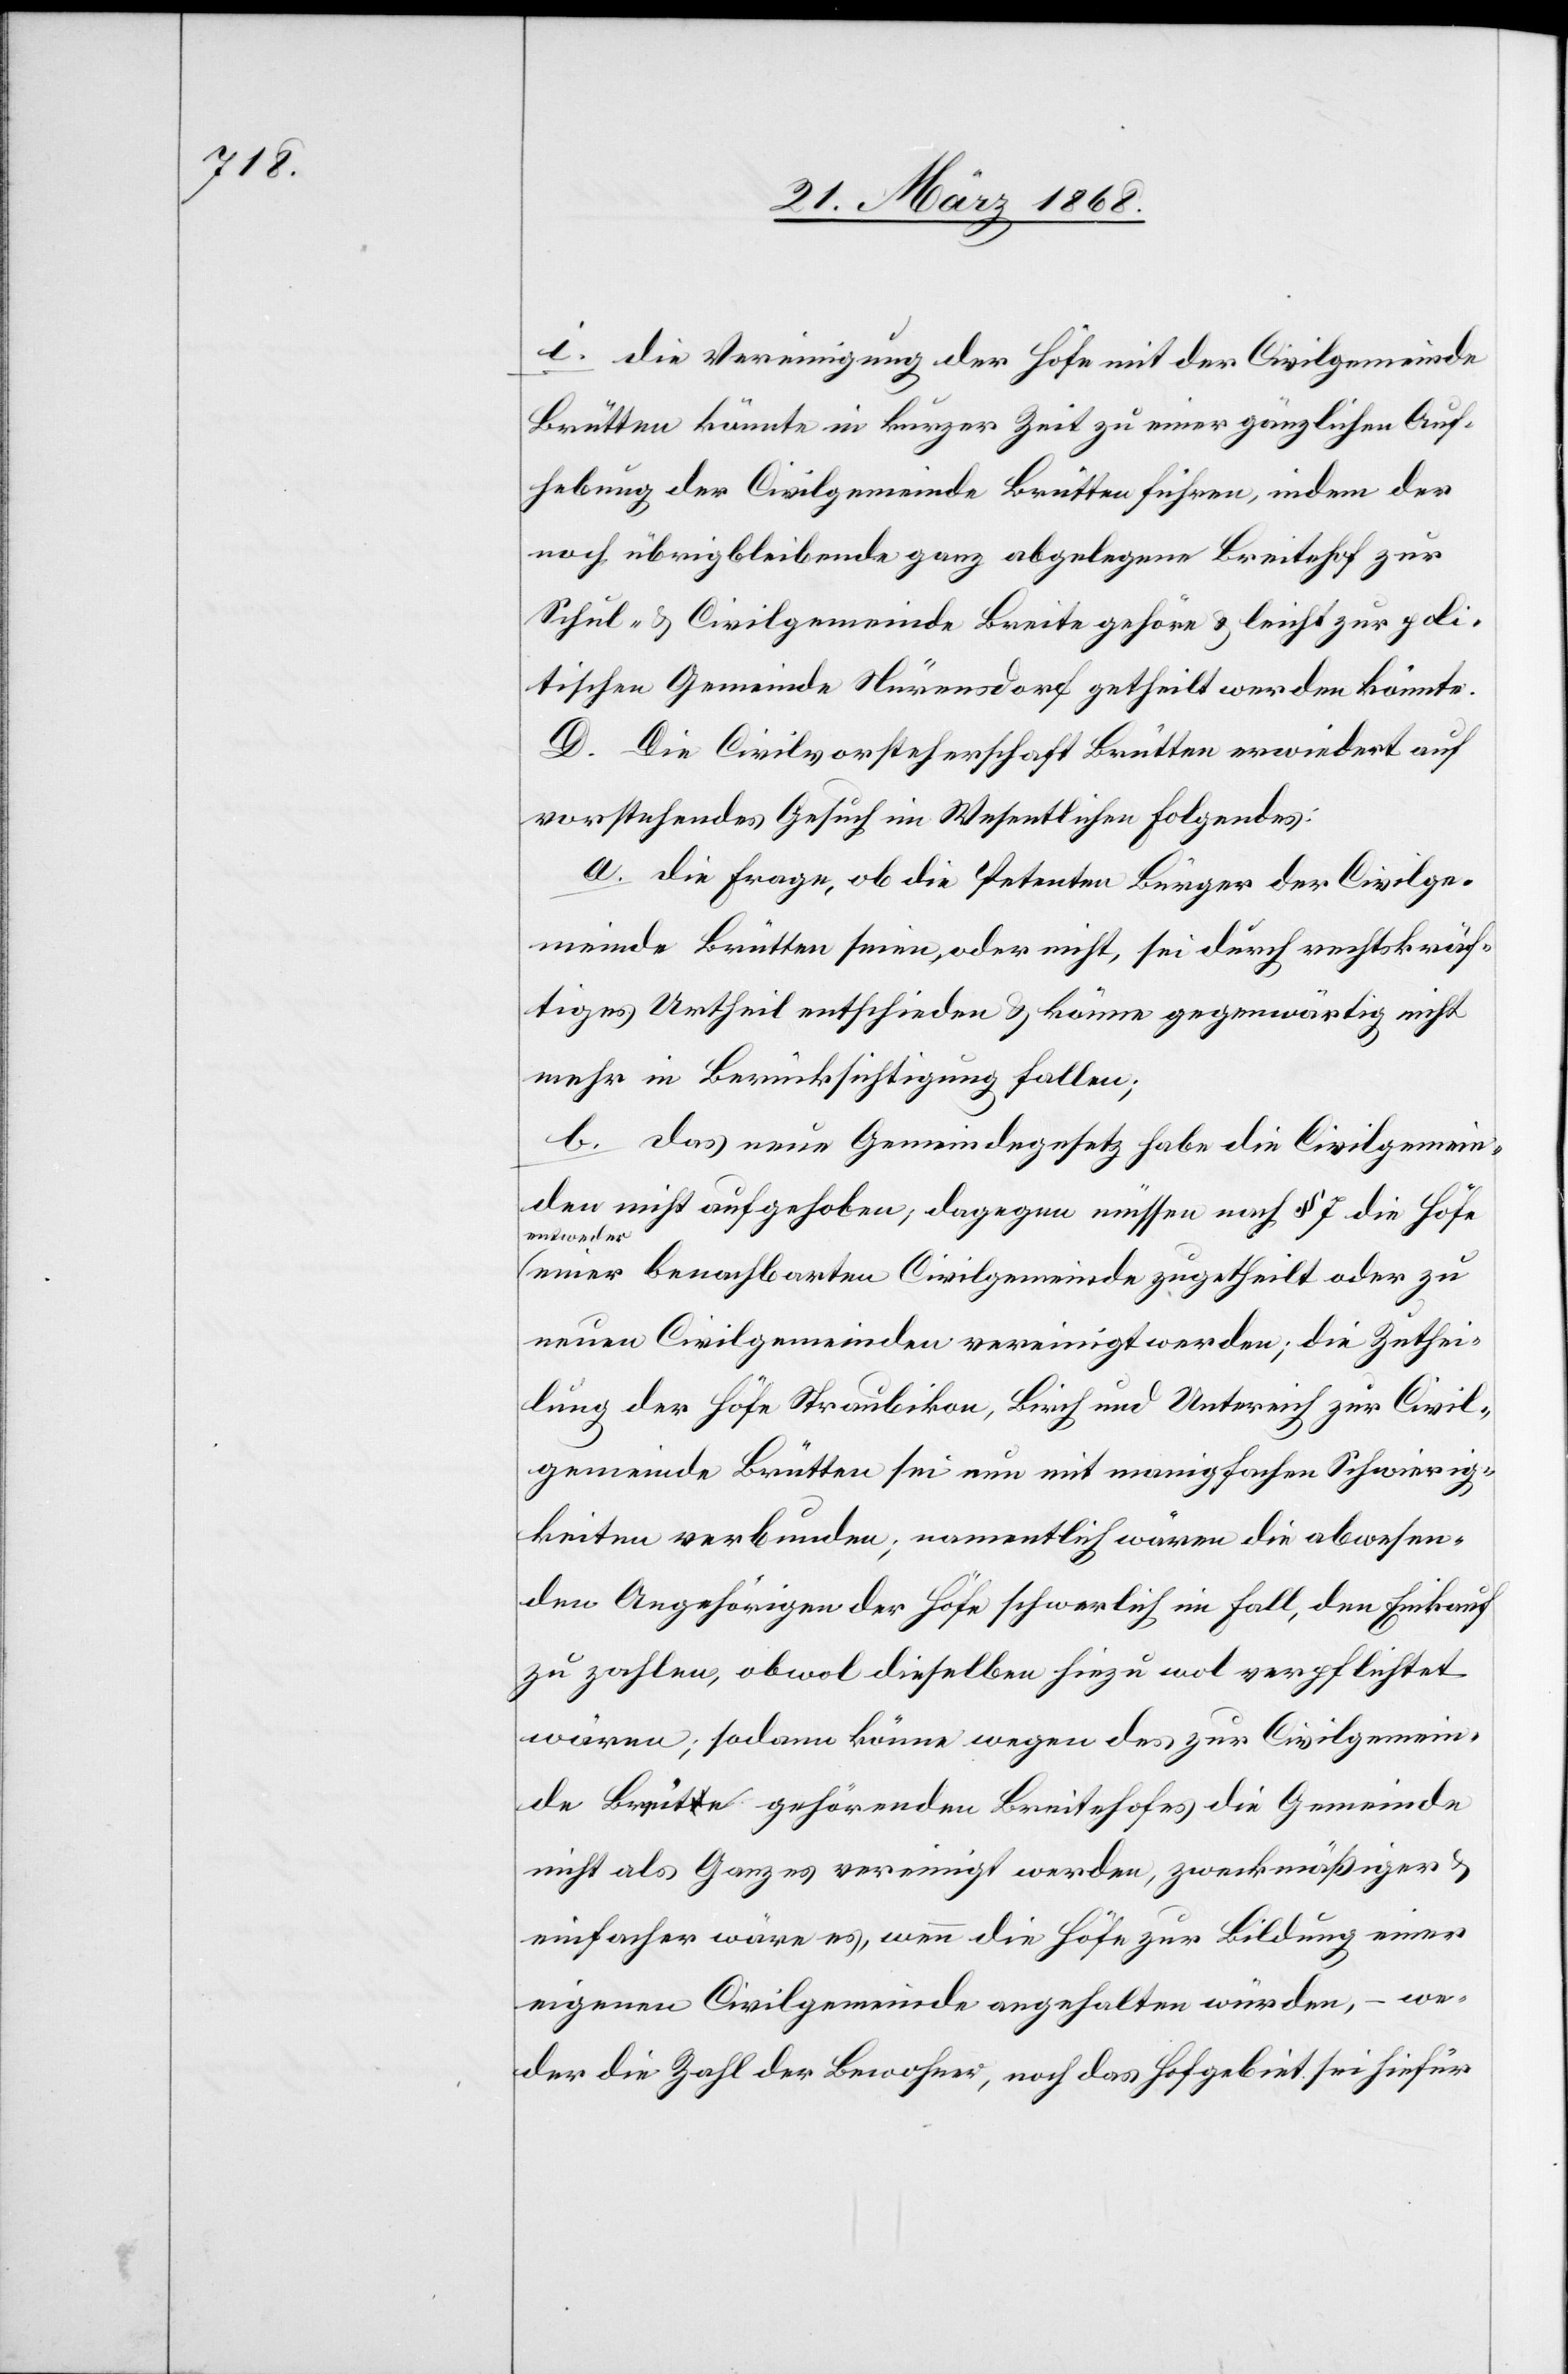
i. die Vereinigung der Höfe mit der Civilgemeinde
Brütten könnte in kurzer Zeit zu einer gänzlichen Auf¬
hebung der Civilgemeinde Brütten führen, indem der
noch übrigbleibende ganz abgelegene Breitehof zur
Schul- & Civilgemeinde Breite gehöre & leicht zur poli¬
tischen Gemeinde Nürensdorf getheilt werden könnte.
D. Die Civilvorsteherschaft Brütten erwiedert auf
vorstehendes Gesuch im Wesentlichen Folgendes:
a. die Frage, ob die Petenten Bürger der Civilge¬
meinde Brütten seien, oder nicht, sei durch rechtskräf¬
tiges Urtheil entschieden & könne gegenwärtig nicht
mehr in Berücksichtigung fallen;
b. das neue Gemeindegesetz habe die Civilgemein¬
den nicht aufgehoben, dagegen müssen nach § 7 die Höfe
entweder
einer benachbarten Civilgemeinde zugetheilt oder zu
neuen Civilgemeinden vereinigt werden; die Zuthei¬
lung der Höfe Straubikon, Birch und Untereich zur Civil¬
gemeinde Brütten sei nun mit manigfachen Schwierig¬
keiten verbunden; namentlich wären die abwesen¬
den Angehörigen der Höfe schwerlich im Fall, den Einkauf
zu zahlen, obwol dieselben hiezu wol verpflichtet
wären; sodann könne wegen des zur Civilgemein¬
de Breite gehörenden Breitehofes die Gemeinde
nicht als Ganzes vereinigt werden, zweckmäßiger &
einfacher wäre es, wenn die Höfe zur Bildung einer
eigenen Civilgemeinde angehalten würden, – we¬
der die Zahl der Bewohner, noch das Hofgebiet sei hiefür